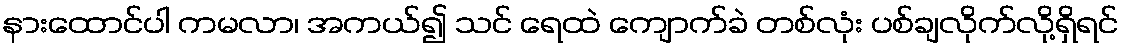
နားထောင်ပါ ကမလာ၊ အကယ်၍ သင် ရေထဲ ကျောက်ခဲ တစ်လုံး ပစ်ချလိုက်လို့ရှိရင်